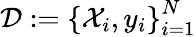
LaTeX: \mathcal{D}:=\left\{ \mathcal{X}_{i},y_{i}\right\} _{i=1}^{N}